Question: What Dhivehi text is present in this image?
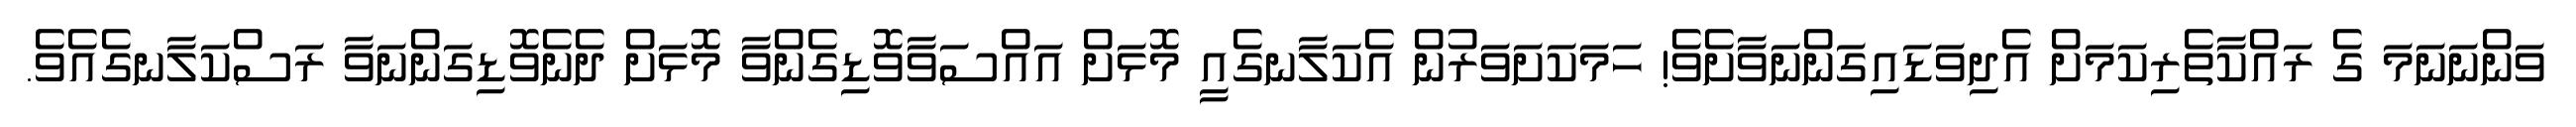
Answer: ވަންނަނަމަ ގެ ރައްކާތެރިކަމަށް އެދިވަޑައިގަންނަވާށެވެ! ހަމަކަށަވަރުން އެކަލާނގެއީ މޮޅަށް އައްސަވާވޮޑިގެންވާ މޮޅަށް ދެނެވޮޑިގަންނަވާ ރަސްކަލާނގެއެވެ.